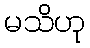
မသိဟု